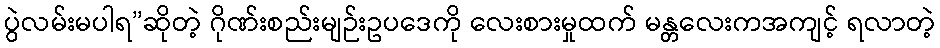
ပွဲလမ်းမပါရ”ဆိုတဲ့ ဂိုဏ်းစည်းမျဉ်းဥပဒေကို လေးစားမှုထက် မန္တလေးကအကျင့် ရလာတဲ့